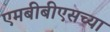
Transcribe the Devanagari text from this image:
एमबीबीएसच्या